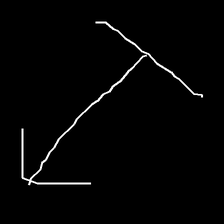
Glyph: levitation